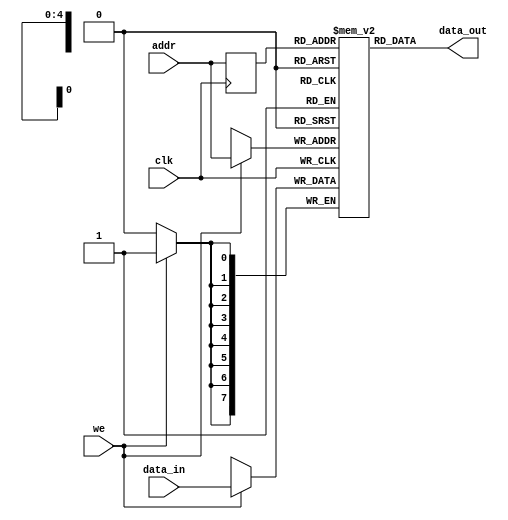
/*
 * Copyright 2019 International Business Machines
 *
 * Licensed under the Apache License, Version 2.0 (the "License");
 * you may not use this file except in compliance with the License.
 * You may obtain a copy of the License at
 *
 *     http://www.apache.org/licenses/LICENSE-2.0
 *
 * Unless required by applicable law or agreed to in writing, software
 * distributed under the License is distributed on an "AS IS" BASIS,
 * WITHOUT WARRANTIES OR CONDITIONS OF ANY KIND, either express or implied.
 * See the License for the specific language governing permissions and
 * limitations under the License.
 */
`timescale 1ns/1ps

module ram_single_port (clk, we, addr, data_in, data_out);

   parameter DATA_WIDTH = 8;
   parameter ADDR_WIDTH = 5;
   parameter DEPTH = 2**ADDR_WIDTH;

   input clk, we;
   input [ADDR_WIDTH-1:0] addr;
   input [DATA_WIDTH-1:0] data_in;
   output [DATA_WIDTH-1:0] data_out;

   reg [DATA_WIDTH-1:0] ram [DEPTH-1:0];
  
   reg [ADDR_WIDTH-1:0] addr_reg;
   integer i;
   initial for (i=0; i<DEPTH; i=i+1) ram[i] = 0;

   always @(posedge clk) begin
       addr_reg <= addr;
       if (we) 
           ram[addr] <= data_in;
   end

   assign data_out = ram[addr_reg];


/////  clk ___^^^___^^^___^^^___^^^___^^^___
//
//      we ___^^^^^^______^^^^^^^^^^^^______
//      di ___XXXXXX______YYYYYYZZZZZZ______
//    addr ___AAAAAA______BBBBBBCCCCCC______
//addr_reg _________AAAAAA______BBBBBBCCCCCC
//      do _________XXXXXX______YYYYYYZZZZZZ

endmodule